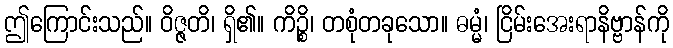
ဤကြောင်းသည်။ ဝိဇ္ဇတိ၊ ရှိ၏။ ကိဉ္စိ၊ တစုံတခုသော။ ဓမ္မံ၊ ငြိမ်းအေးရာနိဗ္ဗာန်ကို